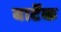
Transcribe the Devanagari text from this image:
बार्टेक